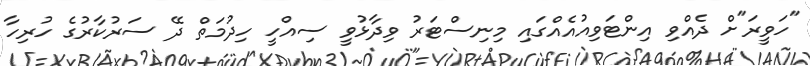
"ހަވީރަ"ށް ދެއްވި އިންޓަވިއުއެއްގައި މިނިސްޓަރު ވިދާޅުވީ ސިއްހީ ހިދުމަތް ދޭ ސަރުކާރުގެ ހުރިހާ